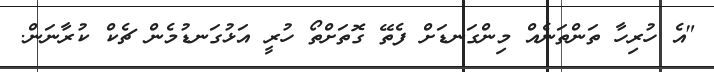
"އެ ހުރިހާ ތަންތަނެއް މިންގަނޑަށް ފެތޭ ގޮތަށްތޯ ހުރީ އަޅުގަނޑުމެން ޗެކް ކުރާނަން.